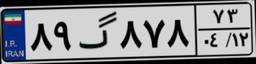
۹۱گ۰۲۶۶۰